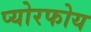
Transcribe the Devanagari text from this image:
प्योरफोय